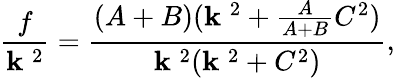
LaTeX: {\frac{f}{{\mathbf k}^{\; 2}}}={\frac{(A+B)({\mathbf k}^{\; 2}+{\frac{A}{A+B}}C^{2})}{{\mathbf k}^{\; 2}({\mathbf k}^{\; 2}+C^{2})}},